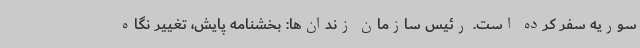
سوریه سفر کرده است. رئیس سازمان زندان‌ها: بخشنامه پایش، تغییر نگاه